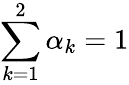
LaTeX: \sum_{k=1}^{2}\alpha_{k}=1